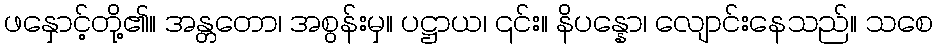
ဖနှောင့်တို့၏။ အန္တတော၊ အစွန်းမှ။ ပဋ္ဌာယ၊ ၎င်း။ နိပန္နော၊ လျောင်းနေသည်။ သစေ